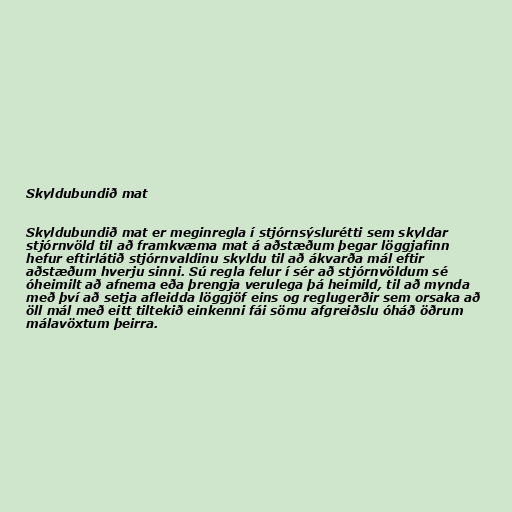
Skyldubundið mat

Skyldubundið mat er meginregla í stjórnsýslurétti sem skyldar
stjórnvöld til að framkvæma mat á aðstæðum þegar löggjafinn
hefur eftirlátið stjórnvaldinu skyldu til að ákvarða mál eftir
aðstæðum hverju sinni. Sú regla felur í sér að stjórnvöldum sé
óheimilt að afnema eða þrengja verulega þá heimild, til að mynda
með því að setja afleidda löggjöf eins og reglugerðir sem orsaka að
öll mál með eitt tiltekið einkenni fái sömu afgreiðslu óháð öðrum
málavöxtum þeirra.